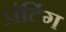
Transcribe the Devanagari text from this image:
प्रंटिंग